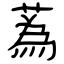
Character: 蒍